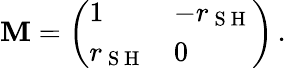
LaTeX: \mathbf{M}=\left(\begin{array}{ll}{1}&{-r_{\mathrm{~S~H~}}}\\ {r_{\mathrm{~S~H~}}}&{0}\end{array}\right)\, .